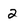
Character: 2